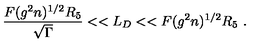
\frac { F ( g ^ { 2 } n ) ^ { 1 / 2 } R _ { 5 } } { \sqrt \Gamma } < < L _ { D } < < F ( g ^ { 2 } n ) ^ { 1 / 2 } R _ { 5 } \ .